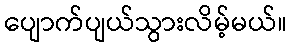
ပျောက်ပျယ်သွားလိမ့်မယ်။